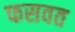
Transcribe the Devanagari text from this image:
फसवत